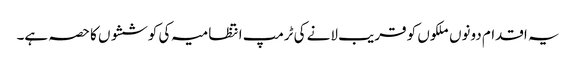
یہ اقدام دونوں ملکوں کو قریب لانے کی ٹرمپ انتظامیہ کی کوششوں کا حصہ ہے۔